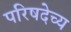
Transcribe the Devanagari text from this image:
परिषदेच्य